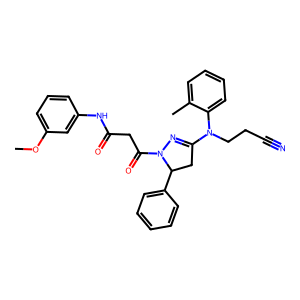
SMILES: COc1cccc(NC(=O)CC(=O)N2N=C(N(CCC#N)c3ccccc3C)CC2c2ccccc2)c1
Inhibits HIV replication: No